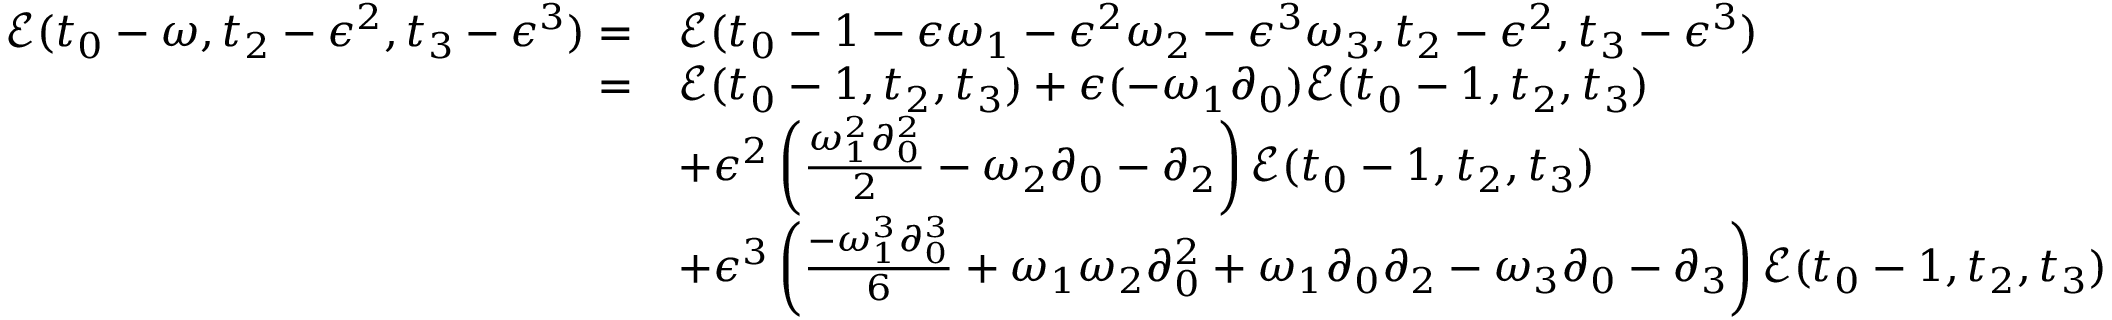
\begin{array} { r l } { \mathcal { E } ( t _ { 0 } - \omega , t _ { 2 } - \epsilon ^ { 2 } , t _ { 3 } - \epsilon ^ { 3 } ) = } & { \mathcal { E } ( t _ { 0 } - 1 - \epsilon \omega _ { 1 } - \epsilon ^ { 2 } \omega _ { 2 } - \epsilon ^ { 3 } \omega _ { 3 } , t _ { 2 } - \epsilon ^ { 2 } , t _ { 3 } - \epsilon ^ { 3 } ) } \\ { = } & { \mathcal { E } ( t _ { 0 } - 1 , t _ { 2 } , t _ { 3 } ) + \epsilon ( - \omega _ { 1 } \partial _ { 0 } ) \mathcal { E } ( t _ { 0 } - 1 , t _ { 2 } , t _ { 3 } ) } \\ & { + \epsilon ^ { 2 } \left( \frac { \omega _ { 1 } ^ { 2 } \partial _ { 0 } ^ { 2 } } { 2 } - \omega _ { 2 } \partial _ { 0 } - \partial _ { 2 } \right) \mathcal { E } ( t _ { 0 } - 1 , t _ { 2 } , t _ { 3 } ) } \\ & { + \epsilon ^ { 3 } \left( \frac { - \omega _ { 1 } ^ { 3 } \partial _ { 0 } ^ { 3 } } { 6 } + \omega _ { 1 } \omega _ { 2 } \partial _ { 0 } ^ { 2 } + \omega _ { 1 } \partial _ { 0 } \partial _ { 2 } - \omega _ { 3 } \partial _ { 0 } - \partial _ { 3 } \right) \mathcal { E } ( t _ { 0 } - 1 , t _ { 2 } , t _ { 3 } ) } \end{array}